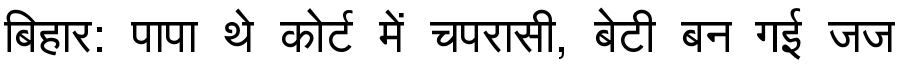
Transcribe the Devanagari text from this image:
बिहार: पापा थे कोर्ट में चपरासी, बेटी बन गई जज